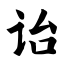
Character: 诒